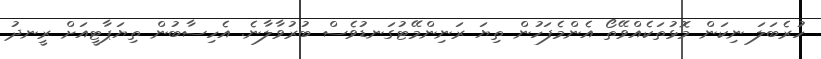
ހުރެބަލަ ނިކަން މޮޅުތަކެއްވޭތޯ އެންމެފަހުން ތިޔަ ރަނިންމޭޓުގަނޑުވެސް ބުރުވާލާނެ. އެހިސާބުން ތިޔަޕާޓީއަށް ރީނދު